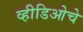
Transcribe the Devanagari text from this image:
व्हीडिओचे